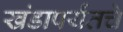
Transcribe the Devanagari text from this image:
खंडापर्यंतचे